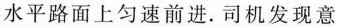
水平路面上匀速前进。司机发现意